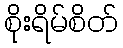
စိုးရိမ်စိတ်